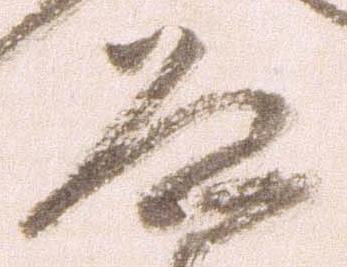
道